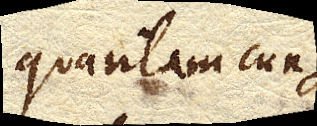
quantamcunque